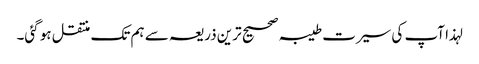
لہذا آپ کی سیرت طیبہ صحیح ترین ذریعہ سے ہم تک منتقل ہو گئی۔